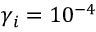
\gamma _ { i } = 1 0 ^ { - 4 }